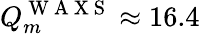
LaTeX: Q_{m}^{\mathrm{~W~A~X~S~}}\approx 16.4